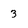
Character: 3